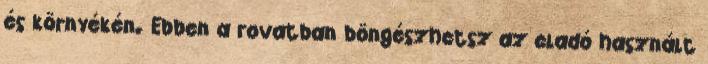
és környékén. Ebben a rovatban böngészhetsz az eladó használt